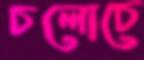
চলোচে